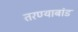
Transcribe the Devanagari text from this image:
तरण्याबांड